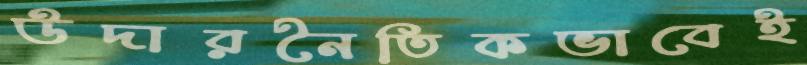
উদারনৈতিকভাবেই